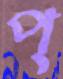
প্